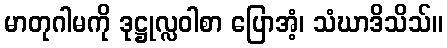
မာတုဂါမကို ဒုဋ္ဌုလ္လဝါစာ ပြောအံ့၊ သံဃာဒိသိသ်။